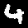
Digit: 4